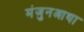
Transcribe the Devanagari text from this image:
मंजुनआथा